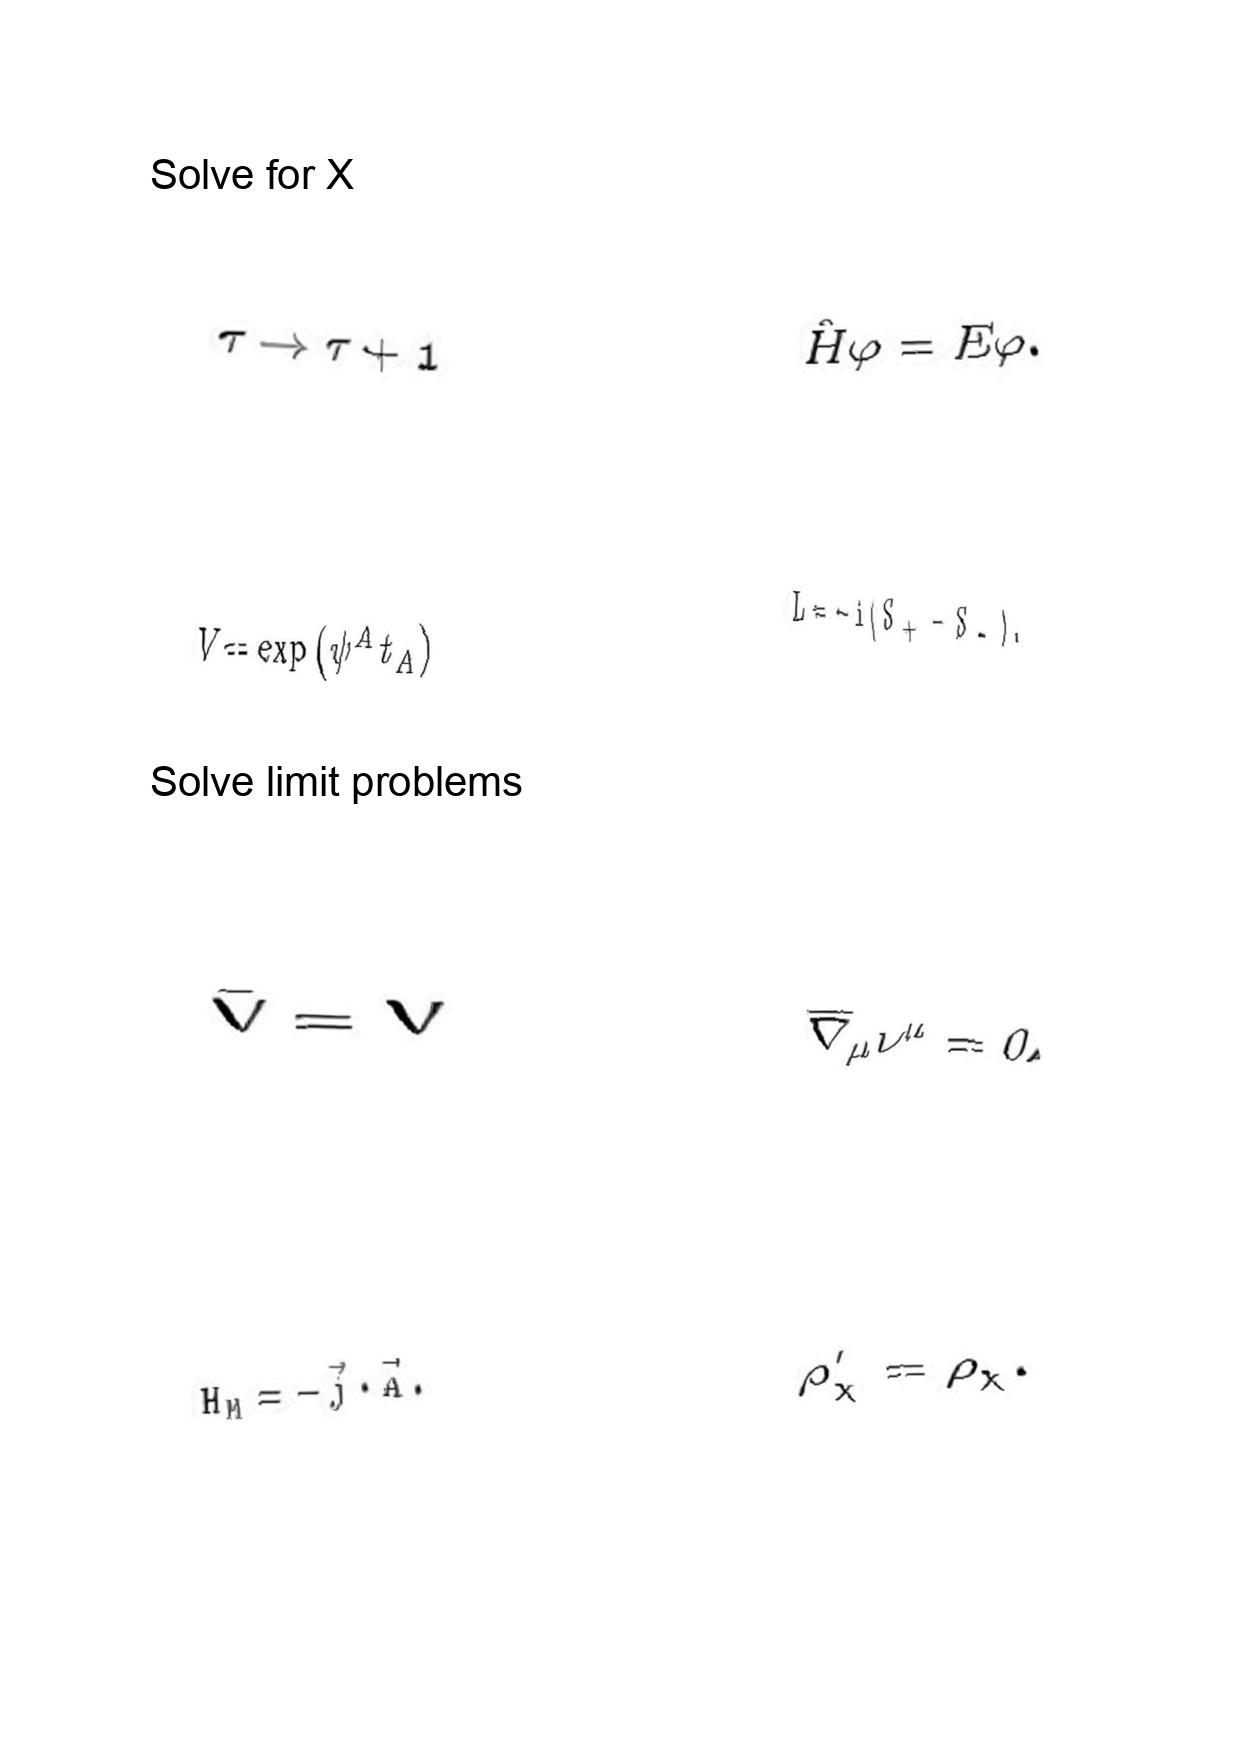
LaTeX transcription:
\tau \rightarrow \tau + 1
V = \exp \lparen \psi ^ { A } t _ { A } \rparen
\bar { V } = V
H _ { M } = - \vec { j } \cdot \vec { A } .
\hat { H } \varphi = E \varphi .
L = - i \lparen S _ { + } - S _ { - } \rparen .
\overline { \nabla } _ { \mu } \nu ^ { \mu } = 0 .
\rho _ { \chi } ^ { \prime } = \rho _ { \chi } .